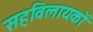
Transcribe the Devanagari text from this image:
सहविलायकों